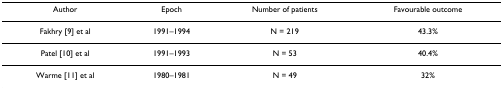
| Author | Epoch | Number of patients | Favourable outcome |
 | --- | --- | --- | --- |
 | Fakhry [9] et al | 1991–1994 | N = 219 | 43.3% |
 | Patel [10] et al | 1991–1993 | N = 53 | 40.4% |
 | Warme [11] et al | 1980–1981 | N = 49 | 32% |